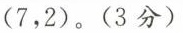
(7，2)。(3分)